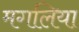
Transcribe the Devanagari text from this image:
मगलिया